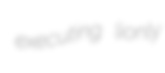
executing lionly